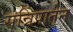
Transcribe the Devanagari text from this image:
सन्निपातेन